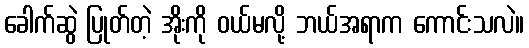
ခေါက်ဆွဲ ပြုတ်တဲ့ အိုးကို ဝယ်မလို့ ဘယ်အရာက ကောင်းသလဲ။